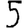
Digit: 5